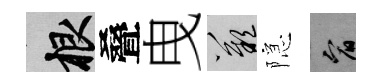
根叠曳嘆隠宥